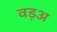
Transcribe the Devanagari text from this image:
वड़अ